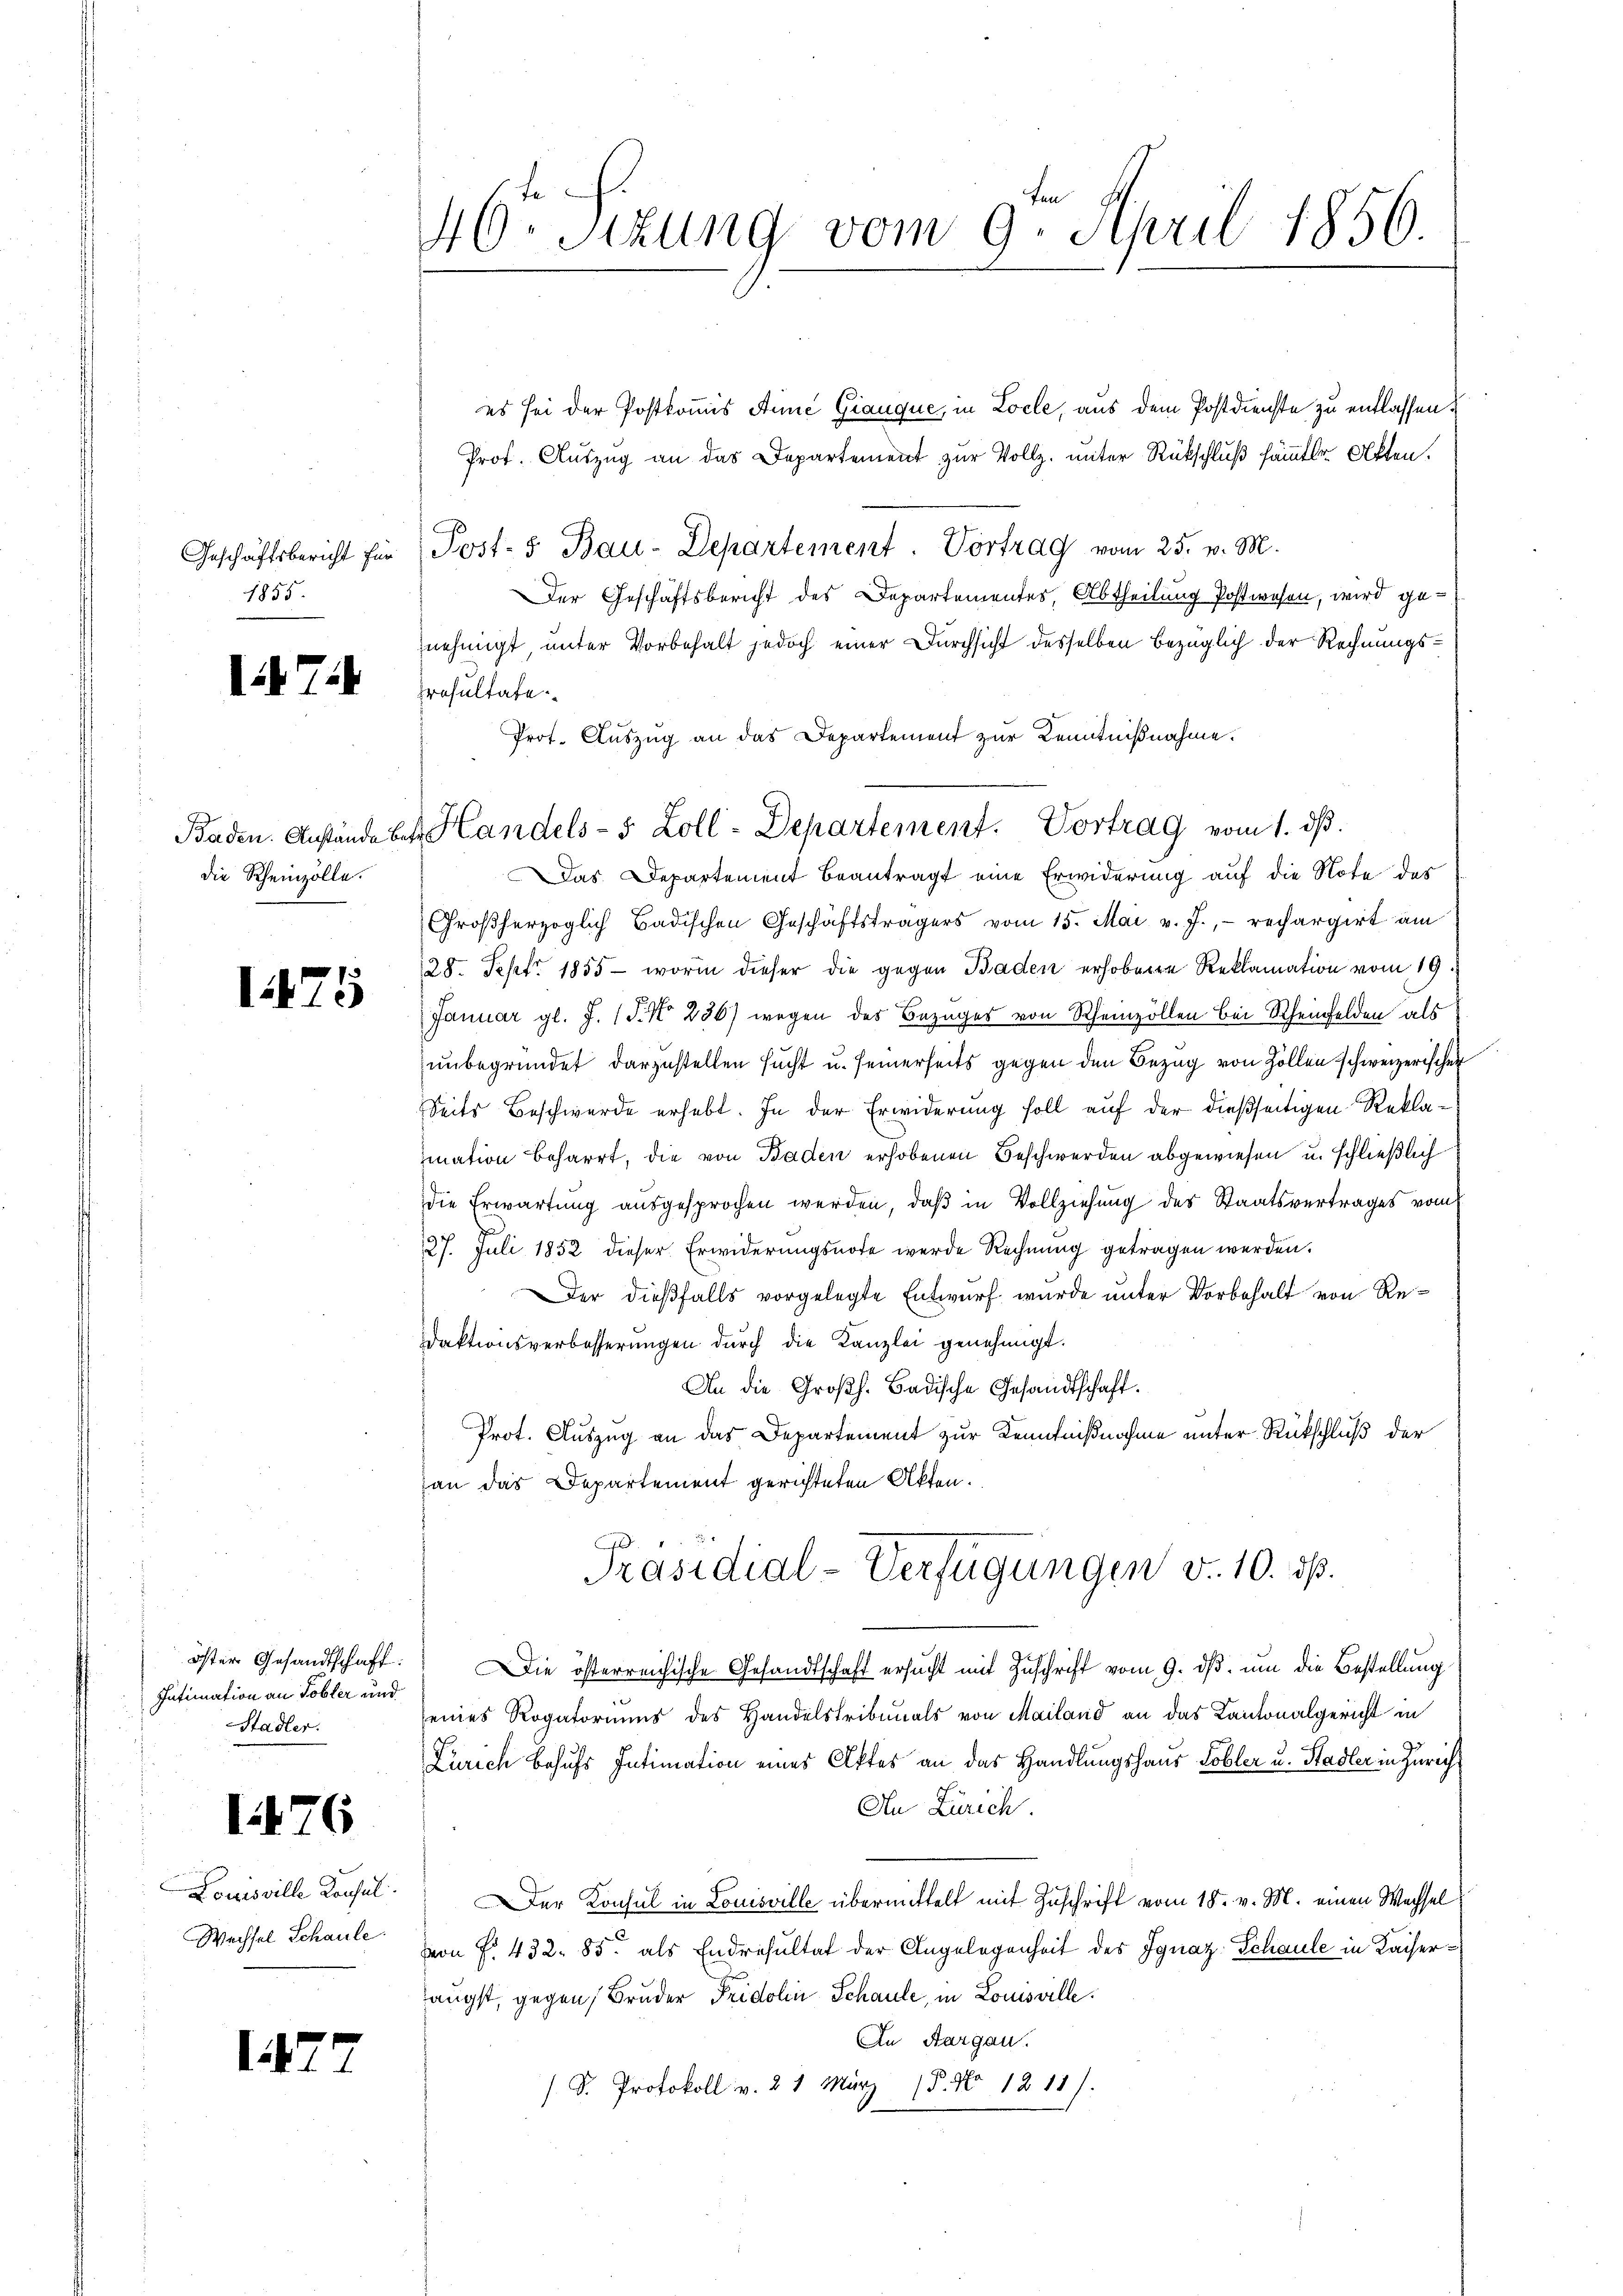
Geschäftsbericht für
1855.

i 7

Baden. Anstände be
die Rheinzölle.

175

öster Gesandtschaft:
Intimation an Tobler und
Stadler.

1476

Louisville Konsul
Wechsel Schaule.

1

46 Stzung vom 9. April 1856.

es sei der Postkommis Anne Giauque, in Locle, aus dem Postdienste zu entlassen.
Prof. Auszug an das Departement zur Vollz. unter Rückschluß sämmtler Akten.
Post- 5. Bau-Departement. Vortrag vom 25. v. M.
Der Geschäftsbericht des Departementes, Abtheilung Postwesen, wird genehmigt unter Vorbehalt jedoch einer Durchsicht desselben bezüglich der Rechnungsresultate
Das Departement beantragt eine Erwiderung auf die Note des
Großherzoglich Badischen Geschäftsträgers vom 15. Mai v. J., rechargirt am
28. Sept. 1855 - worin dieser die gegen Baden erhobene Reklamation vom 19.
Januar gl. J. (T. No 236) wegen des Bezuges von Rheinzöllen bei Rheinfelden als
unbegründet darzustellen sucht u. seinerseits gegen den Bezug von Zollen schweizerischen
Seits Beschwerde erhebt. In der Erwiderung soll auf der dießseitigen Reklamation beharrt, die von Baden erhobenen Beschwerden abgewiesen u. schließlich
die Erwartung ausgesprochen werden, daß in Vollziehung des Staatsvertrages vom
27. Juli 1852 dieser Erwiderungsnote werde Rechnung getragen werden.
Der dießfalls vorgelegte Entwurf wurde unter Vorbehalt von Re¬
Ddaktionsverbesserungen durch die Kanzlei genehmigt.
An die Großh. Badische Gesandtschaft.
Prot. Auszug an das Departement zur Kenntnißnahme unter Rückschluß der
an das Departement gerichteten Akten.
Präsidial-Verfügungen d. 10. ds.
Die österreichische Gesandtschaft ersucht mit Zuschrift vom 9. ds. um die Bestellung
eines Rogatoriums des Handelstribunals von Mailand an das Kantonalgericht in
Zürich behufs Intimation eines Aktes an das Handlungshaus Lobler u. Stadler in Züricht
An Zürich.
Der Konsul in Louisville übermittelt mit Zuschrift vom 18. v. M. einen Wachselvon No. 432. 85. als Endresultat der Angelegenheit des Ignaz Schaule in Kaiserängst, gegen Bruder Fridolin Schaule, in Louisville.
In Aargau.
 D. Protokoll v. 21 März 1. No 1811.

Prot. Auszug an das Departement zur Kenntnißnahme.
I. Handels- 5 Zoll-Departement. Vortrag vom 1. dβ.